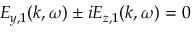
E _ { y , 1 } ( k , \omega ) \pm i E _ { z , 1 } ( k , \omega ) = 0